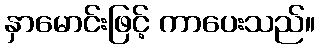
နှာမောင်းဖြင့် ကာပေးသည်။